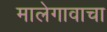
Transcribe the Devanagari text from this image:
मालेगावाचा